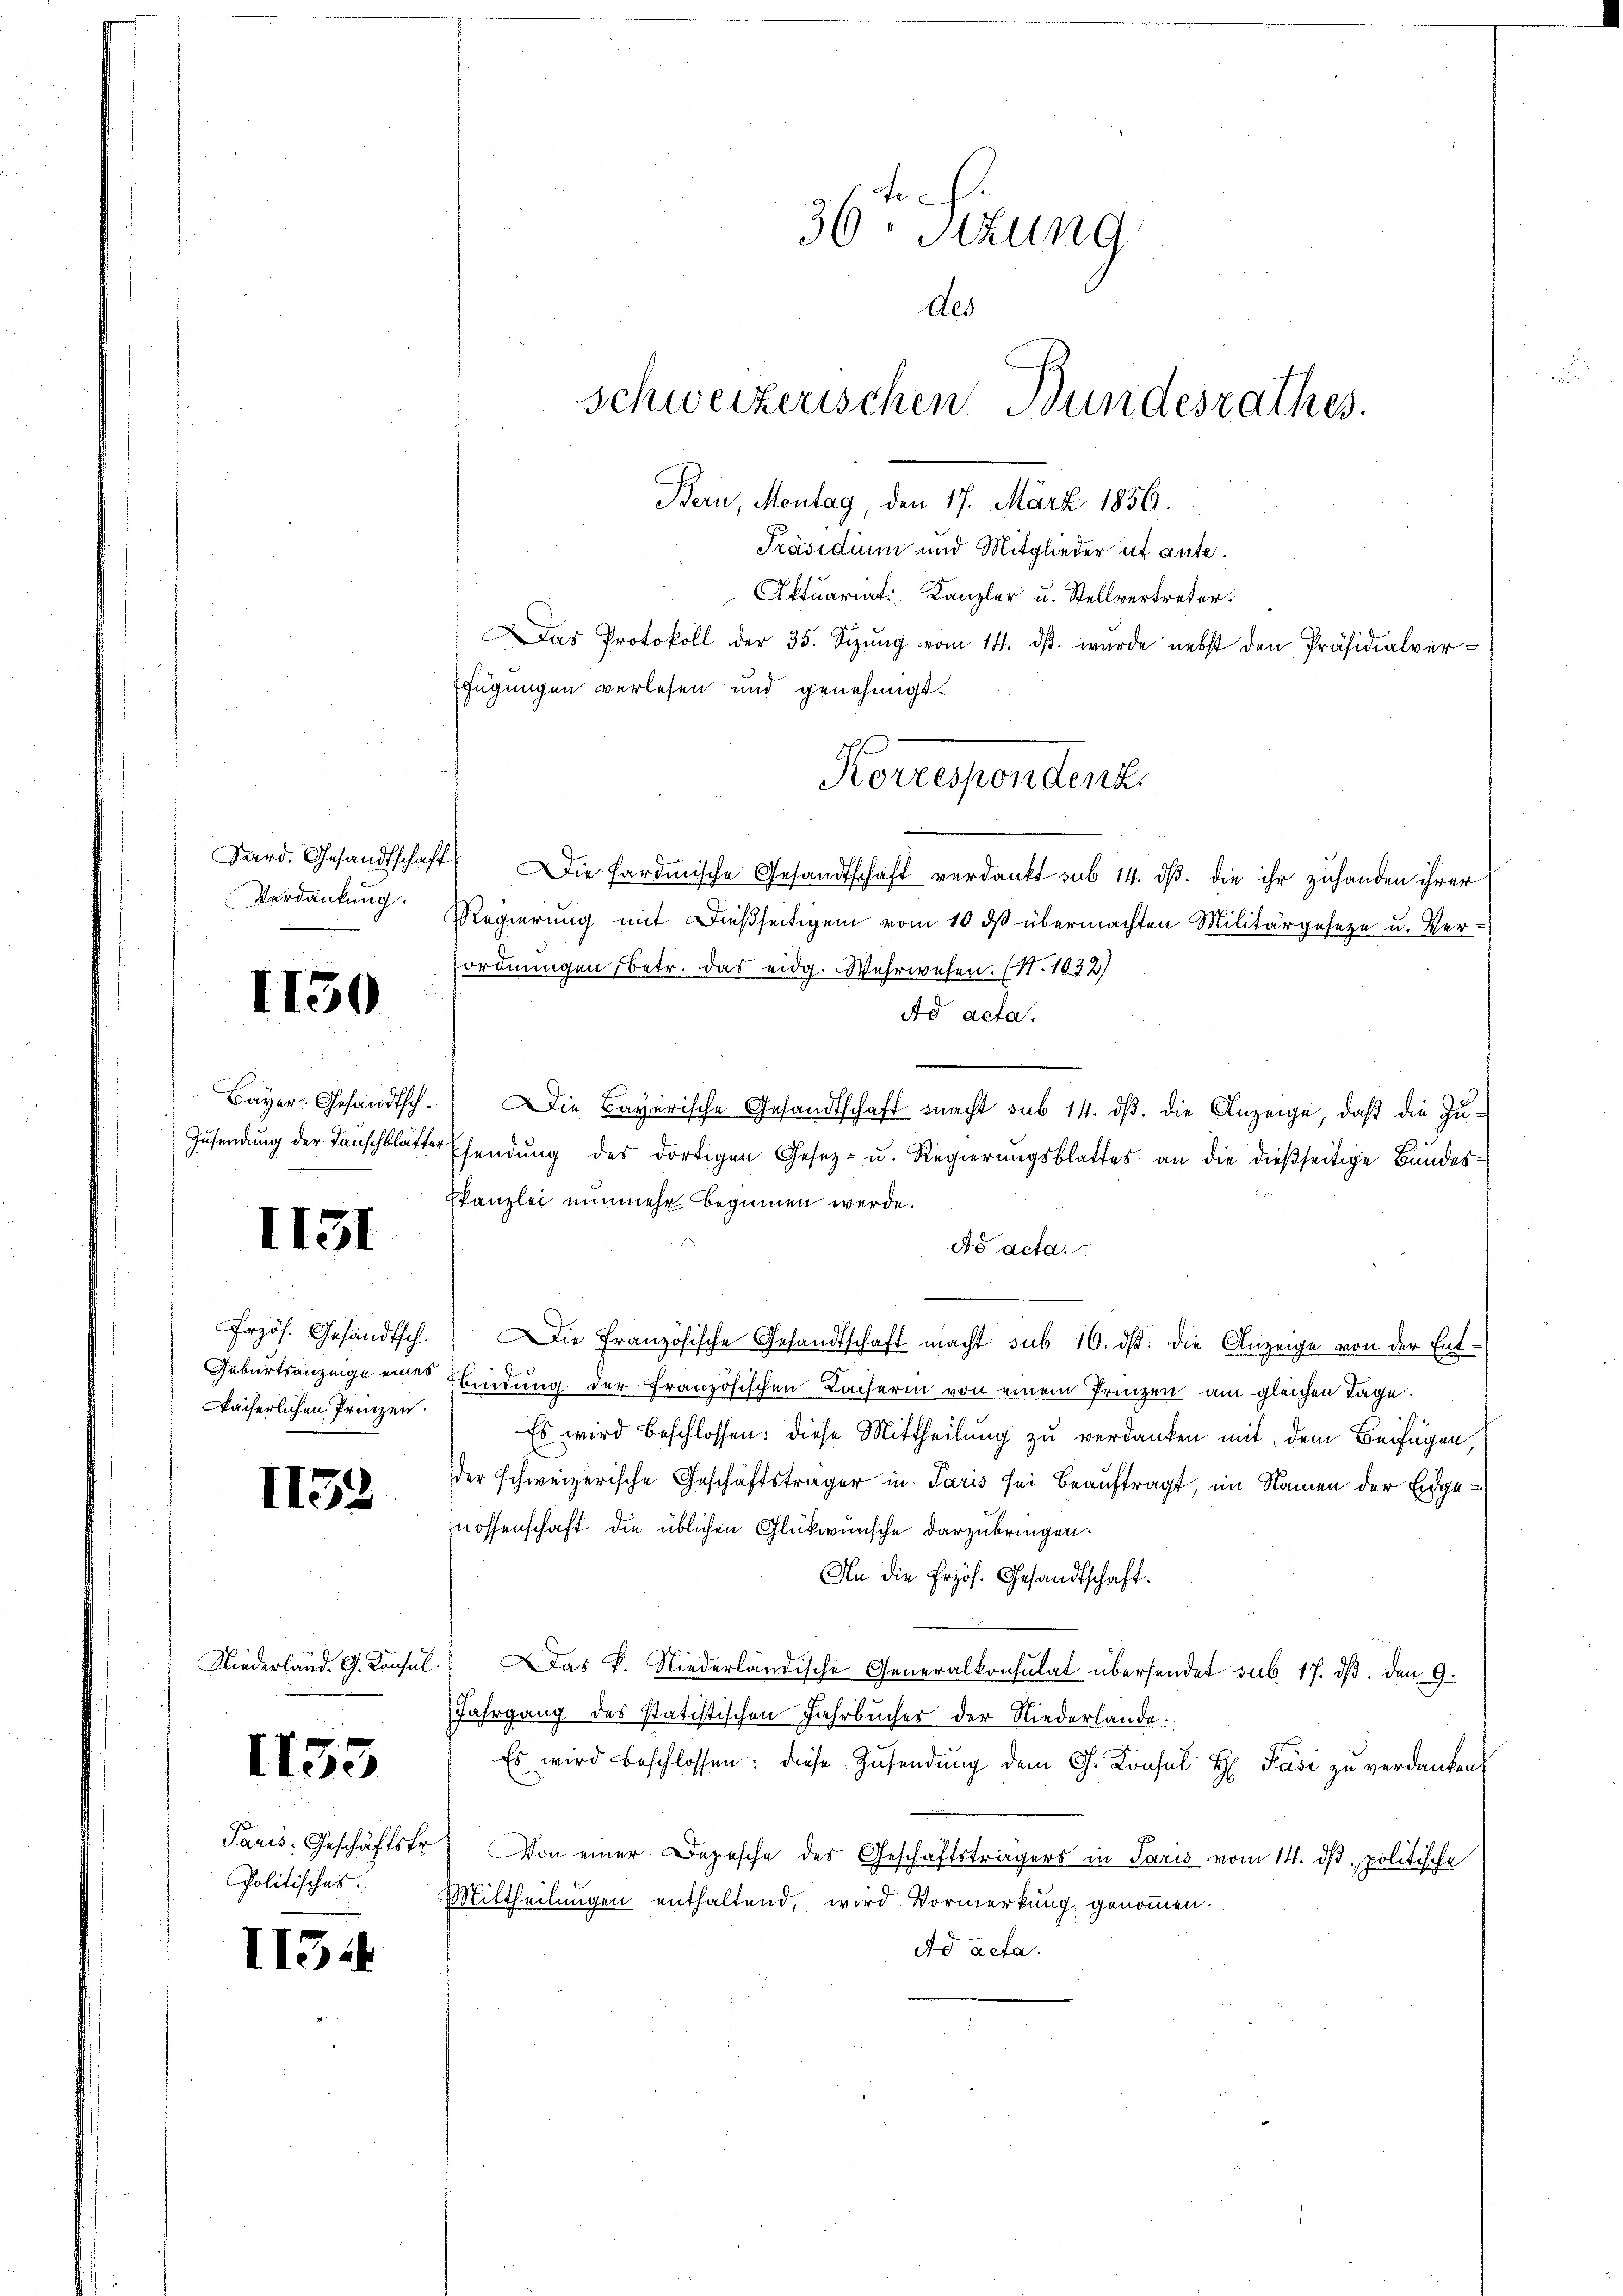
Bard. Gesandtschaft
Verdankung.

1130

Bayer. Gesandtsch.
Zusendung der Tanschblätte.

II51

Frzös. Gesandtsch.
Geburtsanzeige eines
Fächerlichen Prinzen.

1138

Niederland. G. Konsul

1153

Paris, Geschäftsfr.
Politisches.

II54

d
36 Stzung
des
schweizerischen Bundesrathes.
Bern, Montag, den 17. März 1856.
Präsidium und Mitglieder ut ante.

Aktuariat Kanzler u. Stellvertreter.
Das Protokoll der 35. Sizŭng vom 14. dβ. wurde nebst den Präsidialver-
fügungen verlesen und genehmigt.
 Die Pardische Gesandtschaft verdankt sub 14. ds. die ihr zuhanden ihrer
Regierung mit dießseitigem vom 10 dß übermachten Militärgeseze u. Ver-
ordnungen, betr. das eidg. Wahrwesen. (N. 1832)
Ad acta.
Die Bayerische Gesandtschaft macht sub 14. ds. die Anzeige, daß die Zu¬
Efendung des dortigen Gesetz- u. Regierungsblattes an die dießseitige Bundes
Pkanzlei nunmehr beginnen werde.
Ad acta.
Die Französische Gesandtschaft macht sub 10. ds. die Anzeige von der Ent¬
Ebindung der Französischen Lacherin von einem Prinzen am gleichen Tage.
Es wird beschlossen: diese Mittheilung zu verdanken mit dem Beifügen
der schweizerische Geschäftsträger in Paris sei beauftragt, im Namen der Eidgenossenschaft die üblichen Glükwünsche darzubringen.
An die Erzös. Gesandtschaft.
Das P. Niederländische Generalkonsulat übersendet sub. 17. ds. den 9.
Jahrgang des statistischen Fahrbucher der Niederlande
Es wird beschlossen: diese Zusendung dem G. Konsul H Pasi zu verdanken
Von einer Depesche des Geschäftsträgers in Paris vom 14. dβ politische
Mittheilungen enthaltend, wird. Vormerkung genommen.
Ad acta.

Korrespondenz.